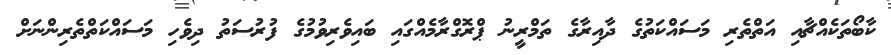
ކާބޯތަކެއްޗާއި އަތްތެރި މަސައްކަތުގެ ދާއިރާގެ ތަމްރީނު ޕްރޮގްރާމެއްގައި ބައިވެރިވުމުގެ ފުރުސަތު ދިވެހި މަސައްކަތްތެރިންނަށް